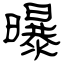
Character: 曝